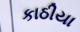
કાઠીયા